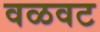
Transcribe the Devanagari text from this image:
वळवट